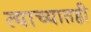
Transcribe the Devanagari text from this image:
त्याच्यातही